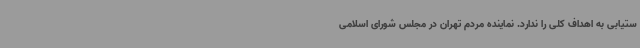
ستیابی به اهداف کلی را ندارد. نماینده مردم تهران در مجلس شورای اسلامی